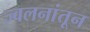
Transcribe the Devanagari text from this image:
ज्वलनांतून